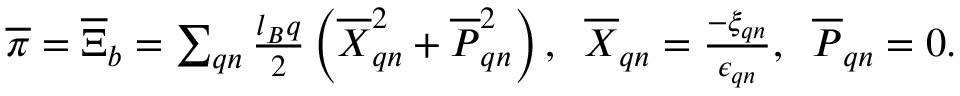
\begin{array} { r } { \overline { { \boldsymbol { \pi } } } = \overline { { \boldsymbol { \Xi } } } _ { b } = \sum _ { \boldsymbol { q } n } \frac { l _ { B } \boldsymbol { q } } { 2 } \left( \overline { { X } } _ { \boldsymbol { q } n } ^ { 2 } + \overline { { P } } _ { \boldsymbol { q } n } ^ { 2 } \right) , \; \; \overline { { X } } _ { \boldsymbol { q } n } = \frac { - \xi _ { \boldsymbol { q } n } } { \epsilon _ { \boldsymbol { q } n } } , \; \; \overline { { P } } _ { \boldsymbol { q } n } = 0 . } \end{array}